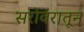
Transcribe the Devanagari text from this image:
सरोवरातून